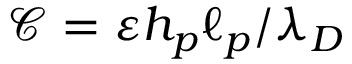
\mathcal { C } = \varepsilon h _ { p } \ell _ { p } / \lambda _ { D }